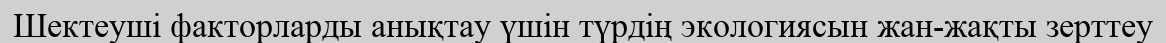
Шектеуші факторларды анықтау үшін түрдің экологиясын жан-жақты зерттеу